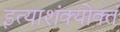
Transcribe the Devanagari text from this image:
इत्याशंक्योक्तं